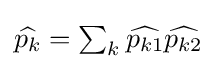
{\textstyle {\widehat {p_{k}}}=\sum _{k}{\widehat {p_{k1}}}{\widehat {p_{k2}}}}